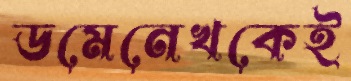
ডমেনেখকেই